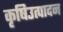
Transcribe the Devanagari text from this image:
कृषिउत्पादन